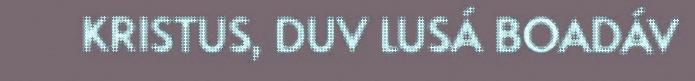
KRISTUS, DUV LUSÁ BOADÁV